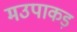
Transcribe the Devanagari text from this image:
मउपाकड़